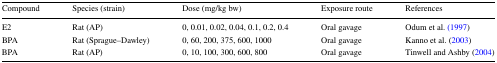
<table><thead><tr><td><b>Compound</b></td><td><b>Species (strain)</b></td><td><b>Dose (mg/kg bw)</b></td><td><b>Exposure route</b></td><td><b>References</b></td></tr></thead><tbody><tr><td>E2</td><td>Rat (AP)</td><td>0, 0.01, 0.02, 0.04, 0.1, 0.2, 0.4</td><td>Oral gavage</td><td>Odum et al. (1997)</td></tr><tr><td>BPA</td><td>Rat (Sprague–Dawley)</td><td>0, 60, 200, 375, 600, 1000</td><td>Oral gavage</td><td>Kanno et al. (2003)</td></tr><tr><td>BPA</td><td>Rat (AP)</td><td>0, 10, 100, 300, 600, 800</td><td>Oral gavage</td><td>Tinwell and Ashby (2004)</td></tr></tbody></table>